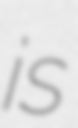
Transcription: is